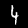
Digit: 4